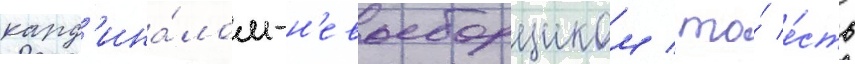
кард'ина́лом-н'евыборщиком / то́ е́сть